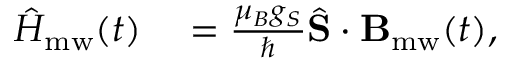
\begin{array} { r l } { \hat { H } _ { \mathrm { m w } } ( t ) } & { { } = \frac { \mu _ { B } g _ { S } } { \hbar } \hat { \mathbf { S } } \cdot \mathbf { B } _ { \mathrm { m w } } ( t ) , } \end{array}